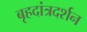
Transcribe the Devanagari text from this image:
बृहदांत्रदर्शन